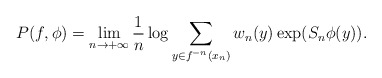
\begin{align*} P(f,\phi) = \lim\limits_{n\to +\infty} \frac{1}{n} \log \sum\limits_{y\in f^{-n}(x_n)} w_n(y) \exp (S_n\phi(y)). \end{align*}